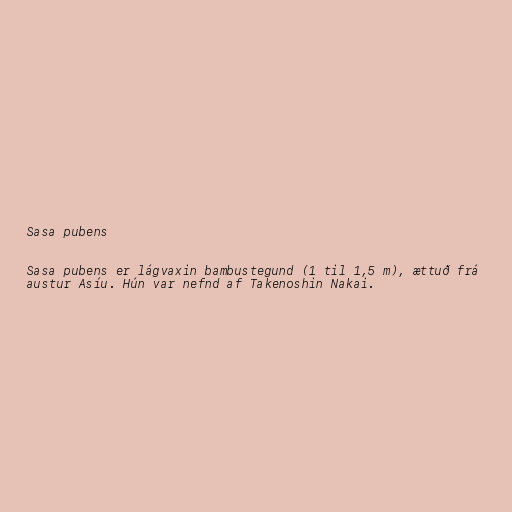
Sasa pubens

Sasa pubens er lágvaxin bambustegund (1 til 1,5 m), ættuð frá
austur Asíu. Hún var nefnd af Takenoshin Nakai.